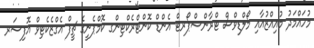
މުހައްމަދު މުއިއްޒުއާއި މޯލްޑިވްސް ޓްރާންސްޕޯރޓް އެންޑް ކޮންޓްރެކްޓިންގ ކޮމްޕެނީގެ ޗީފް އެގްޒެކެޓިވް އޮފިސަރ